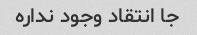
جا انتقاد وجود نداره